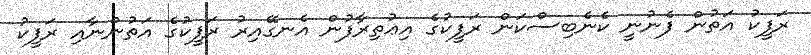
ރަފީކު އަތުން ފެނުނީ ކެނެބިސްކަން ރަފީކުގެ އިޢުތިރާފުން އެނގޭއިރު ރަފީކުގެ އަތުންނާއި ރަފީކު